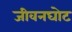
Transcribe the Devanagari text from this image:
जीवनघोट